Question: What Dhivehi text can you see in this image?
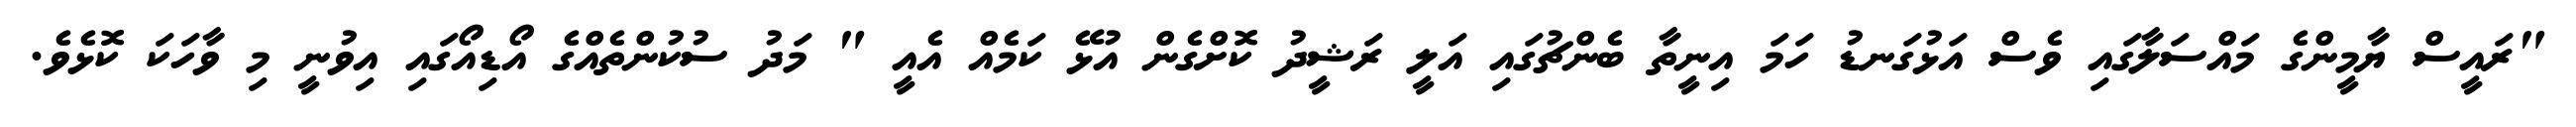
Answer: "ރައީސް ޔާމީންގެ މައްސަލާގައި ވެސް އަޅުގަނޑު ހަމަ އިނީތާ ބެންޗުގައި އަލީ ރަޝީދު ކޮށްގެން އުޅޭ ކަމެއް އެއީ " މަދު ސުކުންތެއްގެ އޯޑިއޯގައި އިވުނީ މި ވާހަކަ ކޮޅެވެ.